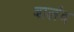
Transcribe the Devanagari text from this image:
बालंद